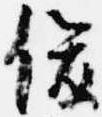
俊